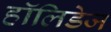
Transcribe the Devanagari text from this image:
हॉलिडेज